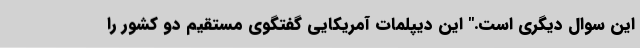
این سوال دیگری است." این دیپلمات آمریکایی گفتگوی مستقیم دو کشور را